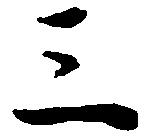
三